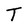
Character: T